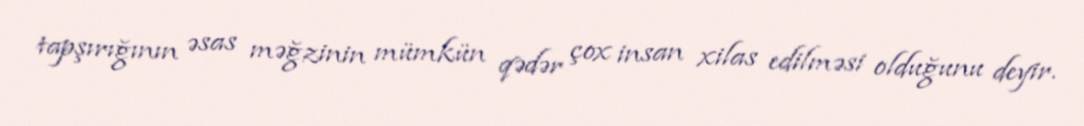
tapşırığının əsas məğzinin mümkün qədər çox insan xilas edilməsi olduğunu deyir.